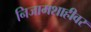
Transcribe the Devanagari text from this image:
निजामशाहीवर